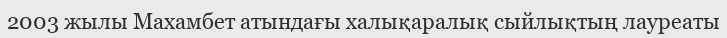
2003 жылы Махамбет атындағы халықаралық сыйлықтың лауреаты